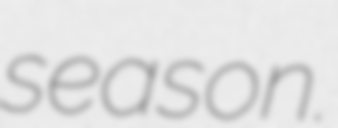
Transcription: season.